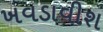
ખવડાવીશ